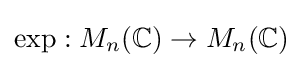
\exp :M_{n}(\mathbb {C} )\to M_{n}(\mathbb {C} )